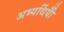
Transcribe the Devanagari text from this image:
अभ्यर्थियोँ